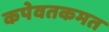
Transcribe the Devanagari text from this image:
कपेवतकमत